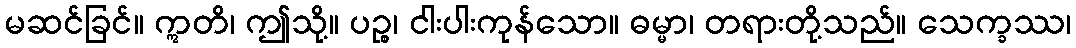
မဆင်ခြင်။ ဣတိ၊ ဤသို့။ ပဉ္စ၊ ငါးပါးကုန်သော။ ဓမ္မာ၊ တရားတို့သည်။ သေက္ခဿ၊